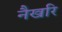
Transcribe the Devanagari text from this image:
नैखरि